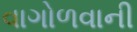
વાગોળવાની